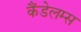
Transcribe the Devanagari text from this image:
कैंडेलम्स